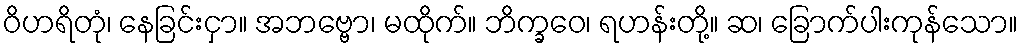
ဝိဟရိတုံ၊ နေခြင်းငှာ။ အဘဗ္ဗော၊ မထိုက်။ ဘိက္ခဝေ၊ ရဟန်းတို့။ ဆ၊ ခြောက်ပါးကုန်သော။